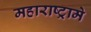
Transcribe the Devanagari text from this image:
महाराष्ट्रामे